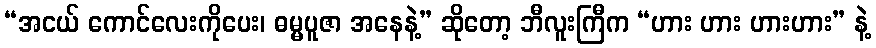
“အငယ် ကောင်လေးကိုပေး၊ ဓမ္မပူဇာ အနေနဲ့” ဆိုတော့ ဘီလူးကြီက “ဟား ဟား ဟားဟား” နဲ့